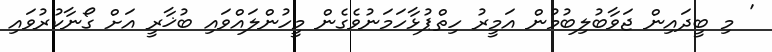
' މި ބީދައިން ޖަވާބުލިބުމުން އަމީރު ހިތްޕުޅާހަމަނުވެގެން މީހުންލައްވައި ބުޚާރީ އަށް ގޯނާކުރުވައި